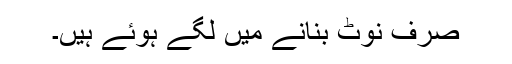
صرف نوٹ بنانے میں لگے ہوئے ہیں۔